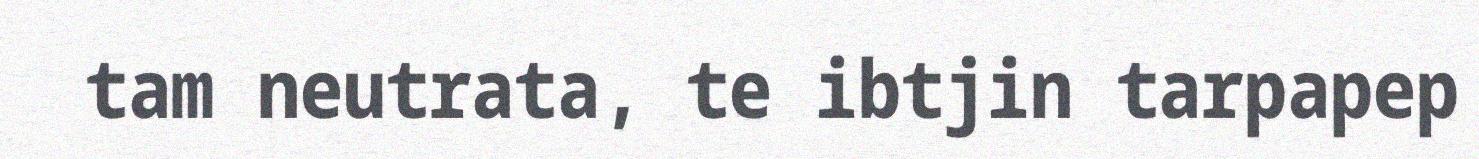
tam neutrata, te ibtjin tarpapep